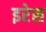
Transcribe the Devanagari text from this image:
इरेस